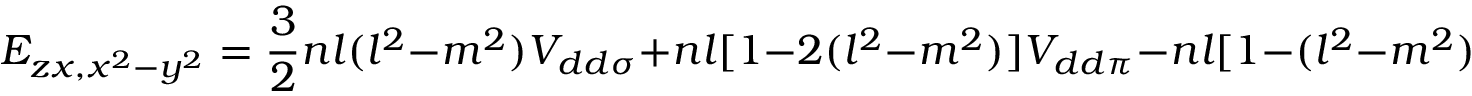
E _ { z x , x ^ { 2 } - y ^ { 2 } } = { \frac { 3 } { 2 } } n l ( l ^ { 2 } - m ^ { 2 } ) V _ { d d \sigma } + n l [ 1 - 2 ( l ^ { 2 } - m ^ { 2 } ) ] V _ { d d \pi } - n l [ 1 - ( l ^ { 2 } - m ^ { 2 } ) / 2 ] V _ { d d \delta }